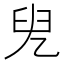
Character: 𠒍